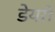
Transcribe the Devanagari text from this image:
डेयऱी